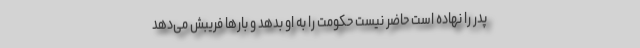
پدر را نهاده است حاضر نیست حکومت را به او بدهد و بارها فریبش می‌دهد